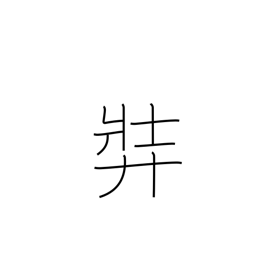
Meaning: stout